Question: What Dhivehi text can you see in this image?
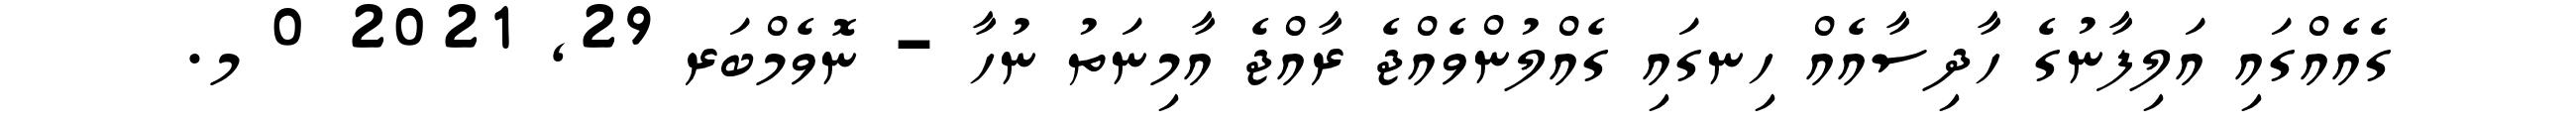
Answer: ގެއެއްގައި އަލިފާނުގެ ހާދިސާއެއް ހިނގައި ގެއްލުންވެއްޖެ ރާއްޖެ އާމިނަތު ނުހާ - ނޮވެމްބަރ 29, 2021 0 މ.